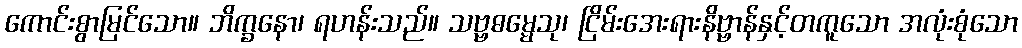
ကောင်းစွာမြင်သော။ ဘိက္ခနော၊ ရဟန်းသည်။ သဗ္ဗဓမ္မေသု၊ ငြိမ်းအေးရားနိဗ္ဗာန်နှင့်တကူသော အလုံးစုံသော